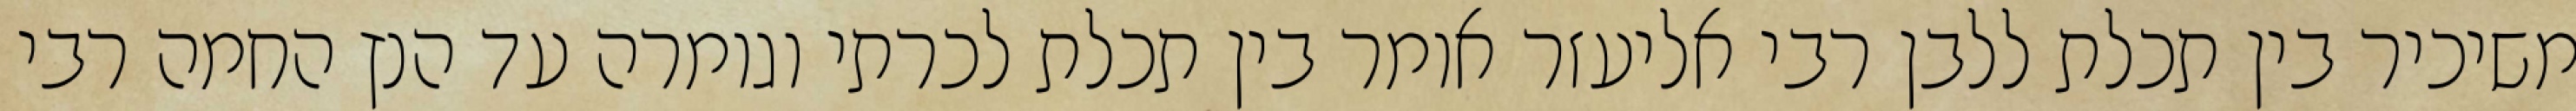
משיכיר בין תכלת ללבן רבי אליעזר אומר בין תכלת לכרתי וגומרה עד הנץ החמה רבי